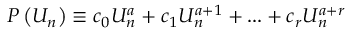
P \left( U _ { n } \right) \equiv c _ { 0 } U _ { n } ^ { a } + c _ { 1 } U _ { n } ^ { a + 1 } + . . . + c _ { r } U _ { n } ^ { a + r }